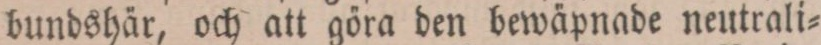
bundshär, och att göra den bewäpnade neutrali=